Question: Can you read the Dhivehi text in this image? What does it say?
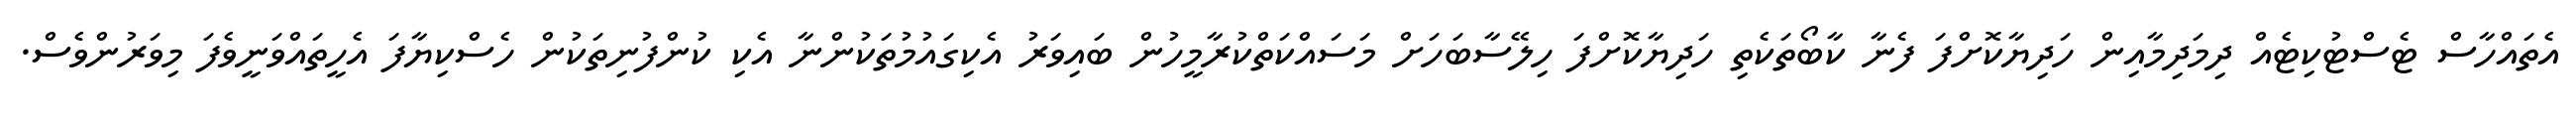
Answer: އެތައްހާސް ޓެސްޓުކިޓެއް ދިމަދިމާއިން ހަދިޔާކޮށްފަ ފެނާ ކާބޯތަކެތި ހަދިޔާކޮށްފަ ހިލޭސާބަހަށް މަސައްކަތްކުރާމީހުން ބައިވަރު އެކިގައުމުތަކުންނާ އެކި ކުންފުނިތަކުން ހެސްކިޔާފަ އެހީތައްވަނީވެފަ މިވަރުންވެސް.